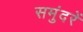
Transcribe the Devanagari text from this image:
समुंदरें